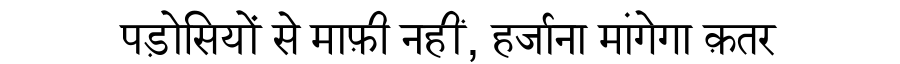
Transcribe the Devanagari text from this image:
पड़ोसियों से माफ़ी नहीं, हर्जाना मांगेगा क़तर